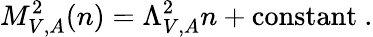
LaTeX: M_{V,A}^{2}(n)=\Lambda_{V,A}^{2}n+\mathrm{constant}\ .